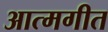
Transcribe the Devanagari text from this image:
आत्मगीत